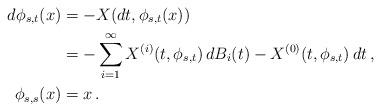
LaTeX: \begin{align*}d\phi_{s,t}(x) & =-X(dt,\phi_{s,t}(x)) \\ & =-\sum_{i=1}^{\infty}X^{(i)}(t,\phi_{s,t})\, dB_{i}(t)-X^{(0)}(t,\phi_{s,t})\, dt\,,\\\phi_{s,s}(x) & =x\,. \end{align*}